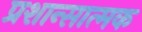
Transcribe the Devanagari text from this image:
प्रशान्सात्मक